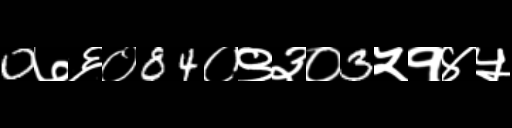
Text: 0७६०84०९३०3५१४५